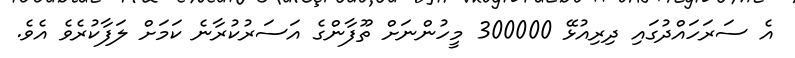
އެ ސަރަހައްދުގައި ދިރިއުޅޭ 300000 މީހުންނަށް ތޫފާންގެ އަސަރުކުރާނެ ކަމަށް ލަފާކުރެވެ އެވެ.